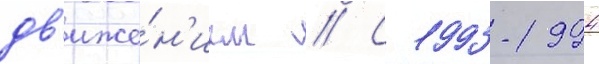
дв'иже́н'ием // С 1993-1994